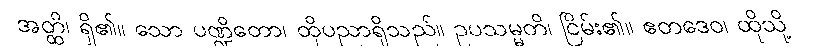
အတ္ထိ၊ ရှိ၏။ သော ပဏ္ဍိတော၊ ထိုပညာရှိသည်။ ဥပသမ္မတိ၊ ငြိမ်း၏။ ဧတဒေဝ၊ ထိုသို့